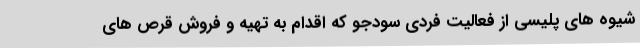
شیوه های پلیسی از فعالیت فردی سودجو که اقدام به تهیه و فروش قرص های